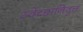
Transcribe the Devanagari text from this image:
स्वेच्छानिवृत्त